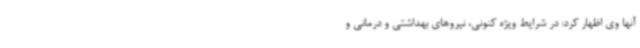
آنها وی اظهار کرد: در شرایط ویژه کنونی، نیروهای بهداشتی و درمانی و